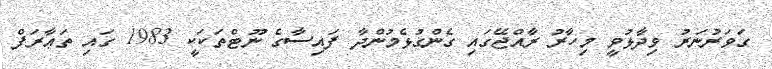
ގަވަރުނަރު ވިދާޅުވީ މިހާރު ރާއްޖޭގައި ގެންގުޅެމުންދާ ފައިސާގެ ނޫޓްތަކަކީ 1983 ގައި ތަޢާރަފް